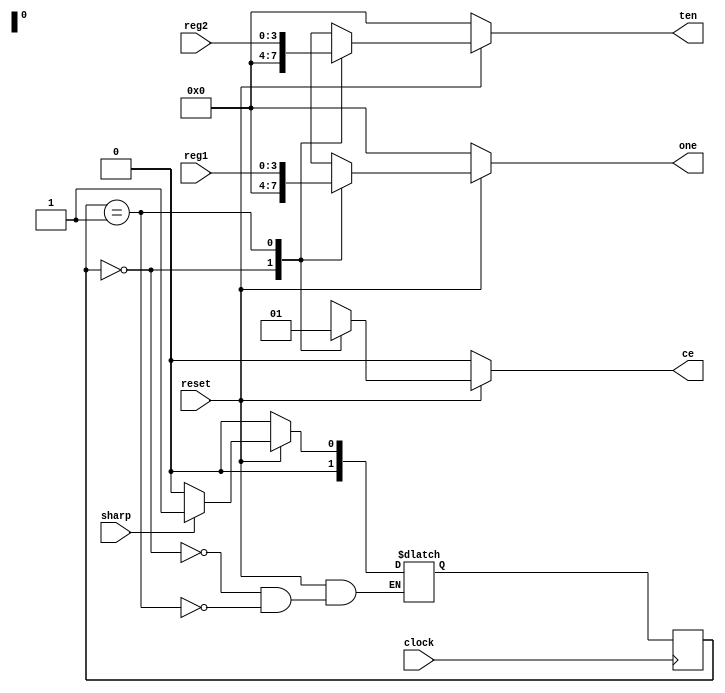
// Copyright (C) 2020  Intel Corporation. All rights reserved.
// Your use of Intel Corporation's design tools, logic functions 
// and other software and tools, and any partner logic 
// functions, and any output files from any of the foregoing 
// (including device programming or simulation files), and any 
// associated documentation or information are expressly subject 
// to the terms and conditions of the Intel Program License 
// Subscription Agreement, the Intel Quartus Prime License Agreement,
// the Intel FPGA IP License Agreement, or other applicable license
// agreement, including, without limitation, that your use is for
// the sole purpose of programming logic devices manufactured by
// Intel and sold by Intel or its authorized distributors.  Please
// refer to the applicable agreement for further details, at
// https://fpgasoftware.intel.com/eula.

// Generated by Quartus Prime Version 20.1.1 Build 720 11/11/2020 SJ Lite Edition
// Created on Tue Dec 21 13:41:05 2021

// synthesis message_off 10175

`timescale 1ns/1ns

module BW (
    reset,clock,sharp,reg1,reg2,
    ten,one,ce);

    input reset;
    input clock;
    input sharp;
    input [3:0] reg1;
    input [3:0] reg2;
    tri reset;
    tri sharp;
    tri [3:0] reg1;
    tri [3:0] reg2;
    output [3:0] ten;
    output [3:0] one;
    output ce;
    reg [3:0] ten;
    reg [3:0] one;
    reg ce;
    reg [1:0] fstate;
    reg [1:0] reg_fstate;
    parameter state1=0,state2=1;

    always @(posedge clock)
    begin
        if (clock) begin
            fstate <= reg_fstate;
        end
    end

    always @(fstate or reset or sharp or reg1 or reg2)
    begin
        if (~reset) begin
            reg_fstate <= state1;
            ten <= 4'b0000;
            one <= 4'b0000;
            ce <= 1'b0;
        end
        else begin
            ten <= 4'b0000;
            one <= 4'b0000;
            ce <= 1'b0;
            case (fstate)
                state1: begin
                    if ((sharp == 1'b0))
                        reg_fstate <= state1;
                    else if ((sharp == 1'b1))
                        reg_fstate <= state2;
                    // Inserting 'else' block to prevent latch inference
                    else
                        reg_fstate <= state1;

                    ten <= 4'b0000;

                    ce <= 1'b0;

                    one <= 4'b0000;
                end
                state2: begin
                    if ((sharp == 1'b1))
                        reg_fstate <= state2;
                    else if ((sharp == 1'b0))
                        reg_fstate <= state1;
                    // Inserting 'else' block to prevent latch inference
                    else
                        reg_fstate <= state2;

                    ten <= reg2[3:0];

                    ce <= 1'b1;

                    one <= reg1[3:0];
                end
                default: begin
                    ten <= 4'bxxxx;
                    one <= 4'bxxxx;
                    ce <= 1'bx;
                    $display ("Reach undefined state");
                end
            endcase
        end
    end
endmodule // BW